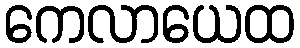
ကေလာယေထ